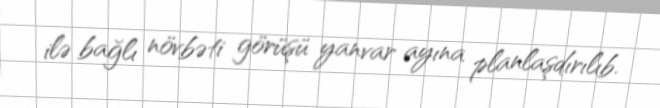
ilə bağlı növbəti görüşü yanvar ayına planlaşdırılıb.